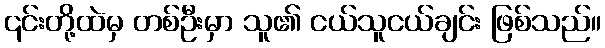
၎င်းတို့ထဲမှ တစ်ဦးမှာ သူ၏ ငယ်သူငယ်ချင်း ဖြစ်သည်။